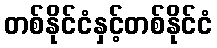
တစ်နိုင်ငံနှင့်တစ်နိုင်ငံ